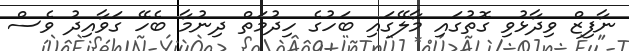
ނާފިޒް ވިދާޅުވި ގޮތުގައި މާލޭގައި ބަހުގެ ހިދުމަތް ދިނުމާ ބެހޭ ގަވާއިދު ވެސް